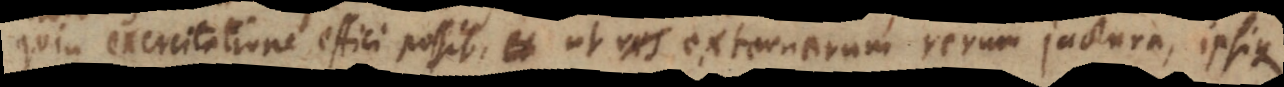
quin exercitatione effici possit, ut externarum rerum jactura ipsique